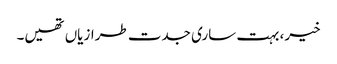
خیر، بہت ساری جدت طرازیاں تھیں۔